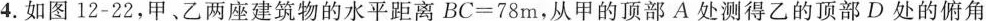
4.如图12-22，甲、乙两座建筑物的水平距离$$BC=78m$$，从甲的顶部A处测得乙的顶部D处的俯角